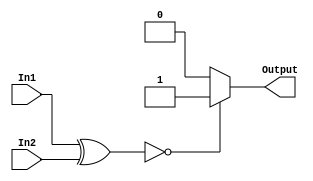
module Comparator (In1 , In2 , Output);

input [31:0] In1 , In2 ;
output reg Output ;
reg [31:0] XOR_output ;

always@ (In1 or In2)
begin
XOR_output <= In1 ^ In2;
#5
if(XOR_output == 0)
Output <= 1;

else 
Output <= 0;
end 
endmodule